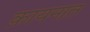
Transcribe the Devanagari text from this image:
क़ायनात